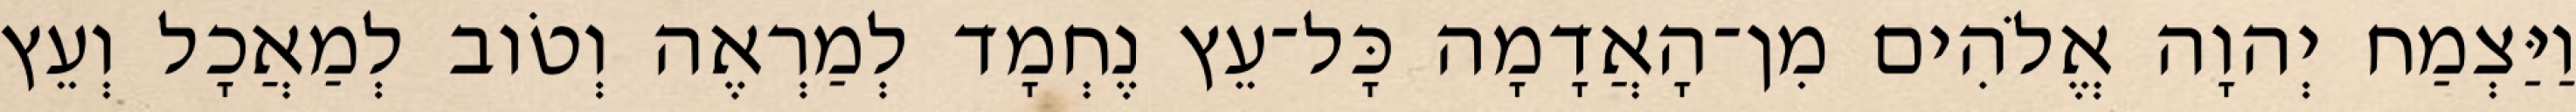
וַיַּצְמַח יְהוָה אֱלֹהִים מִן־הָאֲדָמָה כָּל־עֵץ נֶחְמָד לְמַרְאֶה וְטֹוב לְמַאֲכָל וְעֵץ